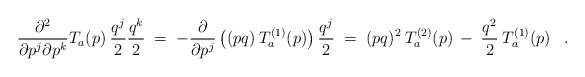
\begin{align*}\frac{\partial^2}{\partial p^j \partial p^k} T_a(p) \:\frac{q^j}{2} \frac{q^k}{2} \;=\; -\frac{\partial}{\partial p^j} \left( (pq) \:T_a^{(1)}(p) \right) \frac{q^j}{2} \;=\; (pq)^2 \:T_a^{(2)}(p) \:-\:\frac{q^2}{2} \:T_a^{(1)}(p) \;\;\; .\end{align*}